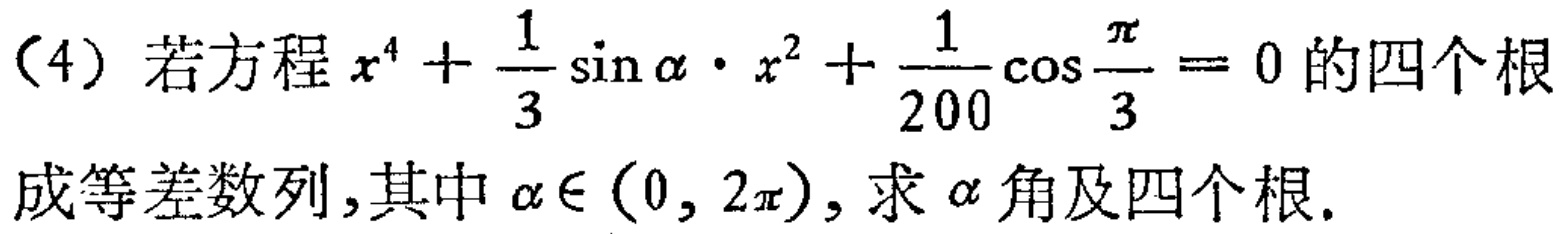
（4）若方程$x^{4}+\frac{1}{3}\sin\alpha\cdot x^{2}+\frac{1}{200}\cos\frac{\pi}{3}=0$的四个根
成等差数列，其中$\alpha\in(0,2\pi)$，求$\alpha$角及四个根。